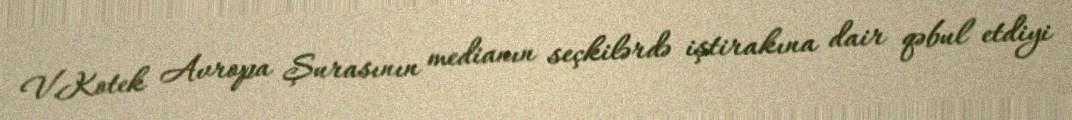
V.Kotek Avropa Şurasının medianın seçkilərdə iştirakına dair qəbul etdiyi